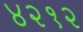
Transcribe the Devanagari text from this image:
४२१२